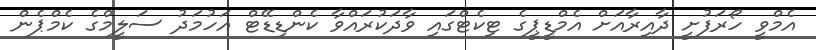
އެމްވީ ހޯރަފުށީ ދާއިރާއަށް އެމްޑީޕީގެ ޓިކެޓްގައި ވާދަކުރައްވާ ކެންޑިޑޭޓް އަހުމަދު ސަލީމްގެ ކެމްޕެން